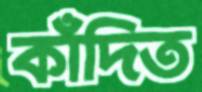
কাঁদিত